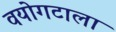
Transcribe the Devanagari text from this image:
वयोगटाला